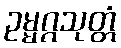
ဥမ္မဂ္ဂသုတ္တံ